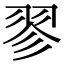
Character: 翏